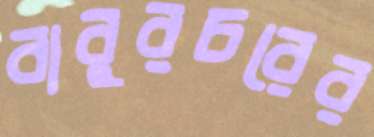
বাবুরচরের